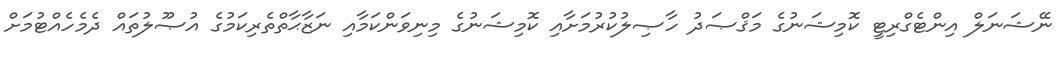
ނޭޝަނަލް އިންޓެގްރިޓީ ކޮމިޝަނުގެ މަޤްޞަދު ހާޞިލުކުރުމަށާއި ކޮމިޝަނުގެ މިނިވަންކަމާއި ނަޒާޙާތްތެރިކަމުގެ އުޞޫލުތައް ދެމެހެއްޓުމަށް